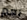
نعم